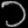
Digit: ၁